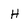
Character: H